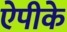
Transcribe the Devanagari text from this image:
ऐपीके